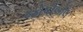
જોષીબોલ